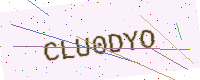
Text: CLU0DYO